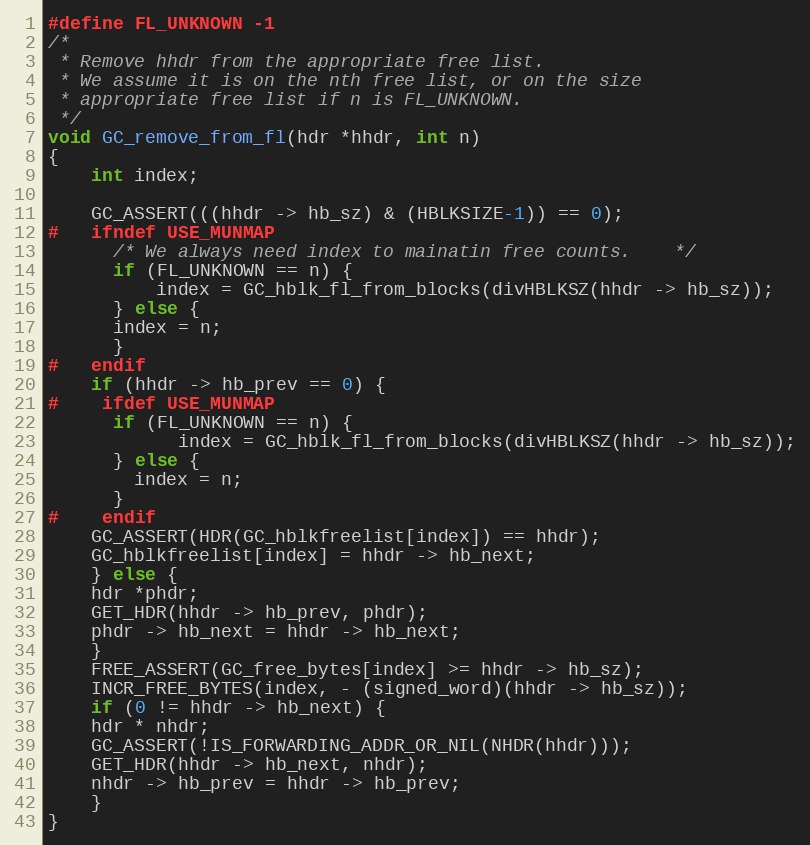
Language: C
#define FL_UNKNOWN -1
/*
 * Remove hhdr from the appropriate free list.
 * We assume it is on the nth free list, or on the size
 * appropriate free list if n is FL_UNKNOWN.
 */
void GC_remove_from_fl(hdr *hhdr, int n)
{
    int index;

    GC_ASSERT(((hhdr -> hb_sz) & (HBLKSIZE-1)) == 0);
#   ifndef USE_MUNMAP
      /* We always need index to mainatin free counts.	*/
      if (FL_UNKNOWN == n) {
          index = GC_hblk_fl_from_blocks(divHBLKSZ(hhdr -> hb_sz));
      } else {
	  index = n;
      }
#   endif
    if (hhdr -> hb_prev == 0) {
#	ifdef USE_MUNMAP
	  if (FL_UNKNOWN == n) {
            index = GC_hblk_fl_from_blocks(divHBLKSZ(hhdr -> hb_sz));
	  } else {
	    index = n;
	  }
#	endif
	GC_ASSERT(HDR(GC_hblkfreelist[index]) == hhdr);
	GC_hblkfreelist[index] = hhdr -> hb_next;
    } else {
	hdr *phdr;
	GET_HDR(hhdr -> hb_prev, phdr);
	phdr -> hb_next = hhdr -> hb_next;
    }
    FREE_ASSERT(GC_free_bytes[index] >= hhdr -> hb_sz);
    INCR_FREE_BYTES(index, - (signed_word)(hhdr -> hb_sz));
    if (0 != hhdr -> hb_next) {
	hdr * nhdr;
	GC_ASSERT(!IS_FORWARDING_ADDR_OR_NIL(NHDR(hhdr)));
	GET_HDR(hhdr -> hb_next, nhdr);
	nhdr -> hb_prev = hhdr -> hb_prev;
    }
}